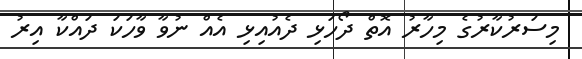
މިސަރުކާރުގެ މިހާރު އޮތް ދޯހަޅި ދެއުއިޅި އެއް ނުވާ ވާހަކަ ދައްކާ އިރު